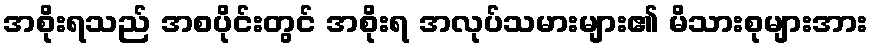
အစိုးရသည် အစပိုင်းတွင် အစိုးရ အလုပ်သမားများ၏ မိသားစုများအား